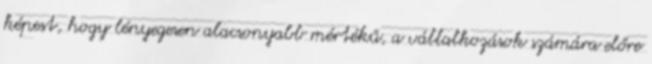
képest, hogy lényegesen alacsonyabb mértékű, a vállalkozások számára előre